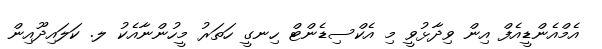
އެމްއެންޑީއެފް އިން ވިދާޅުވީ މި އެކްސިޑެންޓް ހިނގީ ހަތަރު މީހުންނާއެކު ލ. ކަލައިދޫއިން